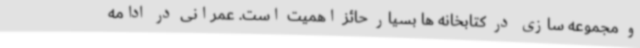
و مجموعه سازی در کتابخانه ها بسیار حائز اهمیت است. عمرانی در ادامه